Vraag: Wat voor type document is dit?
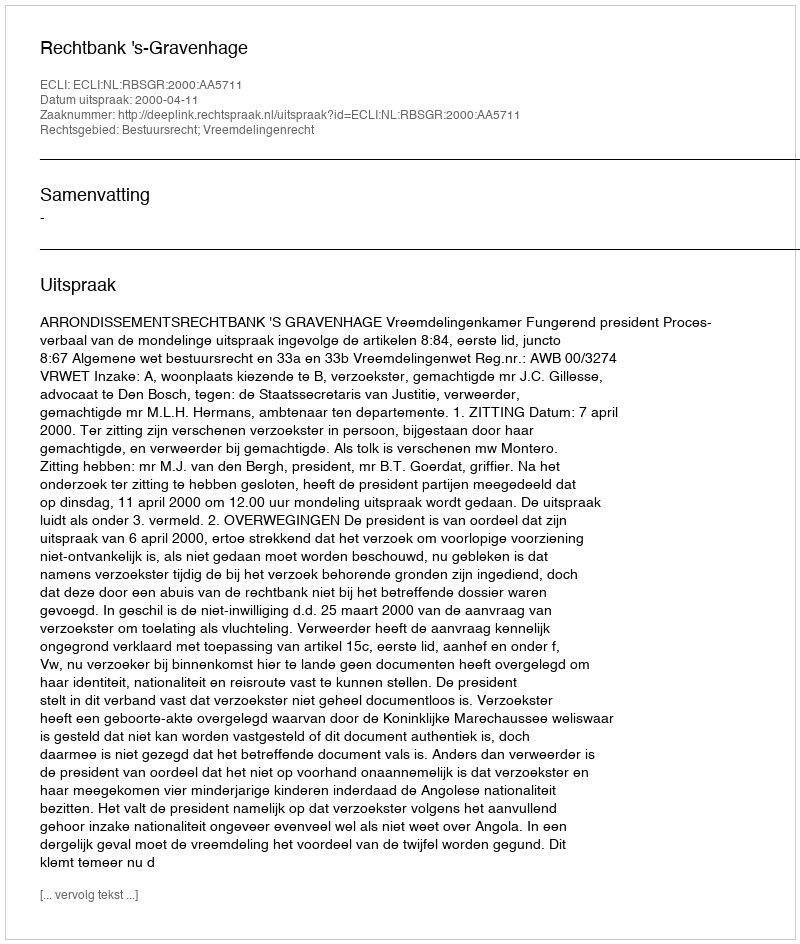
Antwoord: Uitspraak